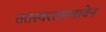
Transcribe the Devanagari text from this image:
ततस्वरतमभावेन